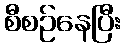
စီစဉ်နေပြီး